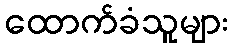
ထောက်ခံသူများ